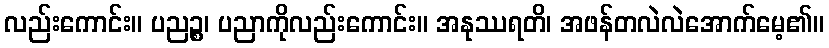
လည်းကောင်း။ ပညဉ္စ၊ ပညာကိုလည်းကောင်း။ အနုဿရတိ၊ အဖန်တလဲလဲအောက်မေ့၏။